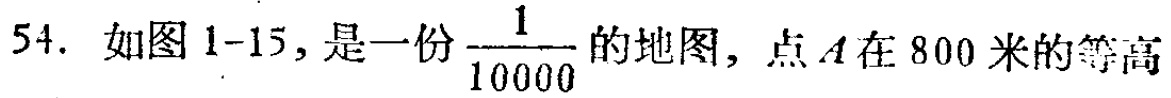
54. 如图1-15，是一份$\frac{1}{10000}$的地图，点$A$在800米的等高